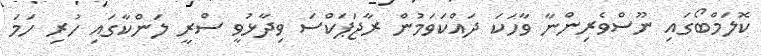
ކޮލަމްބޯގައި ނޫސްވެރިންނާ ވާހަކަ ދައްކަވަމުން ރާޖަޕަކްސަ ވިދާޅުވީ ސްރީ ލަންކާގައި ހުރި ހަމަ